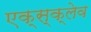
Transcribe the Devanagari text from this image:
एक्स्क्लेव